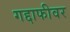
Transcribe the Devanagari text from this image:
गद्दाफीवर